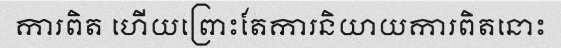
ការពិត ហើយព្រោះតែការនិយាយការពិតនោះ